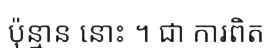
ប៉ុន្មាន នោះ ។ ជា ការពិត